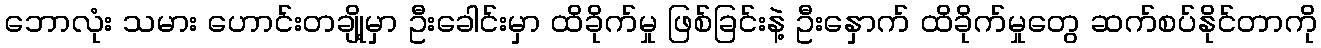
ဘောလုံး သမား ဟောင်းတချို့မှာ ဦးခေါင်းမှာ ထိခိုက်မှု ဖြစ်ခြင်းနဲ့ ဦးနှောက် ထိခိုက်မှုတွေ ဆက်စပ်နိုင်တာကို